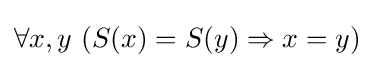
\forall x,y\ (S(x)=S(y)\Rightarrow x=y)